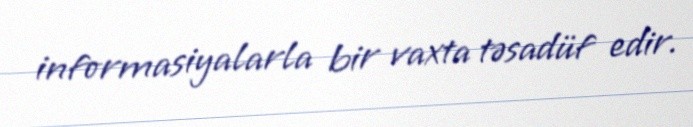
informasiyalarla bir vaxta təsadüf edir.